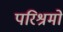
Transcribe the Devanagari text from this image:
परिश्रमों